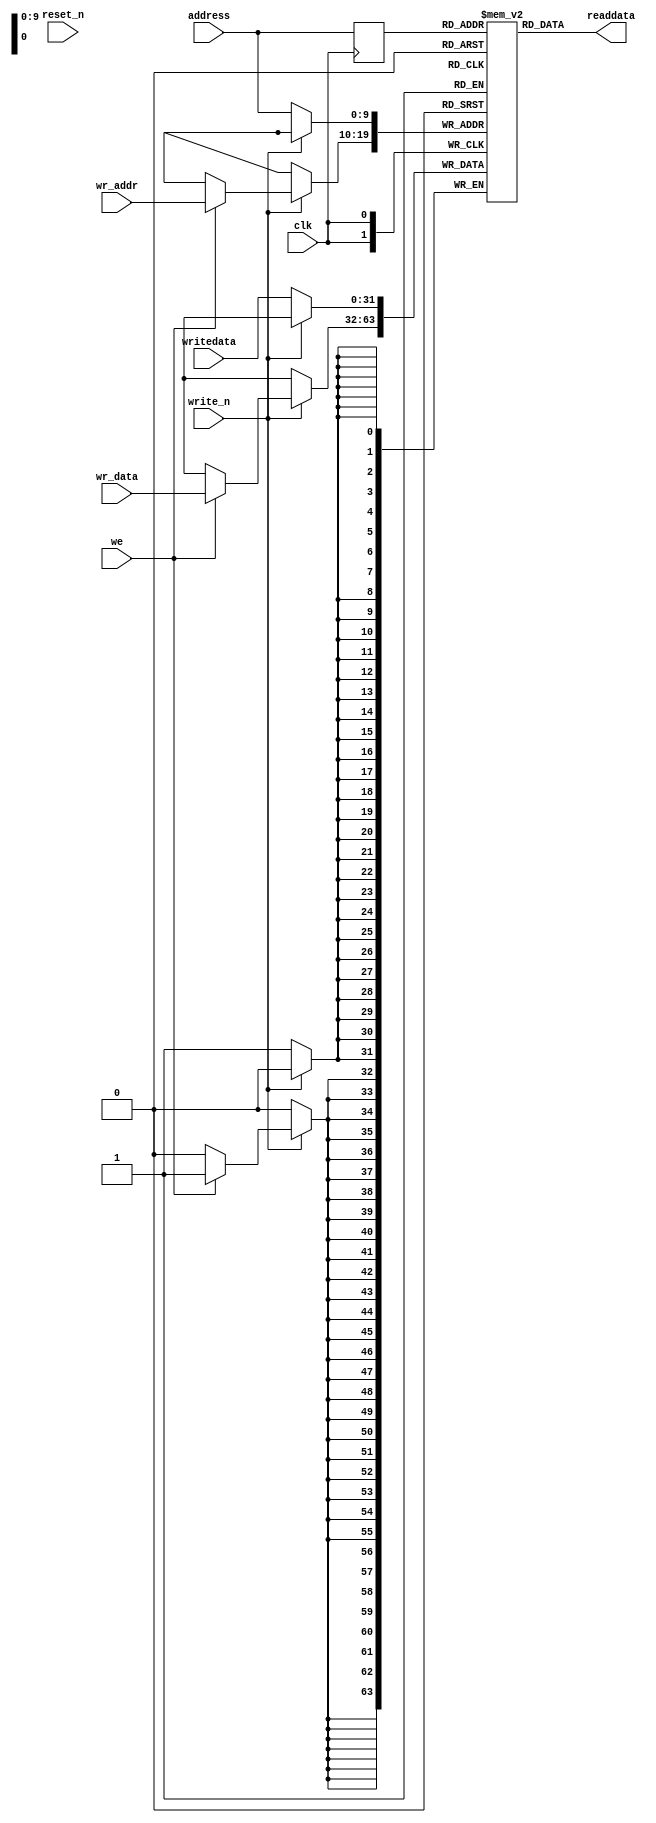
module RamDes
#(
	parameter B = 32,
	parameter W = 10
)
(
	input wire clk,
	input wire reset_n,
	input wire write_n,
	input wire [B-1:0] writedata,
	input wire [W-1:0] address,
	output wire [B-1:0] readdata,
	
	//external user ip 
	input wire we,
	input wire [W-1:0] wr_addr,
	input wire [B-1:0] wr_data
	
);

	// Declare the RAM variable
	reg [B-1:0] ram[2**W-1:0];
	// Variable to hold the registered read address
	reg [W-1:0] address_reg;
	
	always @ (posedge clk)
	begin
		address_reg <= address;
		if(~write_n)
			ram[address] <= writedata;
		else if(we)
			ram[wr_addr] <= wr_data;
	end
	
	assign readdata = ram[address_reg];
	
endmodule